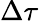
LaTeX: \Delta\tau